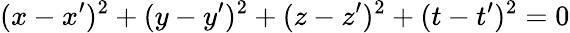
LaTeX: (x-x^{\prime})^{2}+(y-y^{\prime})^{2}+(z-z^{\prime})^{2}+(t-t^{\prime})^{2}=0